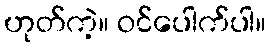
ဟုတ်ကဲ့။ ဝင်ပေါက်ပါ။